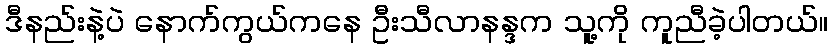
ဒီနည်းနဲ့ပဲ နောက်ကွယ်ကနေ ဦးသီလာနန္ဒက သူ့ကို ကူညီခဲ့ပါတယ်။